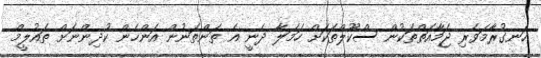
ހަނގުރާމަވެރި ޖަމާއަތްތަކުން ސްކޫލްތަކަށް ހަމަލާ ދެނީ އެ ތަންތަނުން އަންހެން ކުދިންނަށް ތައުލީމް